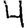
Digit: 4